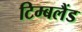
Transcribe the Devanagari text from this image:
टिम्बलैंड